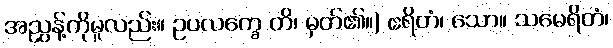
အညွှန့်ကိုမူလည်း။ ဥပလက္ခေ တိ၊ မှတ်၏။) ဧရိတံ၊ သော။ သမေရိတံ၊